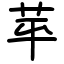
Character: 苹